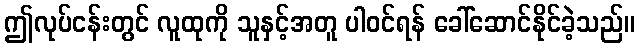
ဤလုပ်ငန်းတွင် လူထုကို သူနှင့်အတူ ပါဝင်ရန် ခေါ်ဆောင်နိုင်ခဲ့သည်။